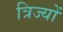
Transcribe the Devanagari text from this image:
त्रिज्यों